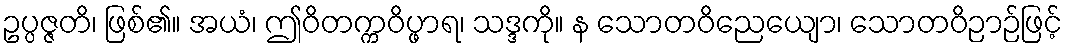
ဥပ္ပဇ္ဇတိ၊ ဖြစ်၏။ အယံ၊ ဤဝိတက္ကဝိပ္ဖာရ၊ သဒ္ဒကို။ န သောတဝိညေယျော၊ သောတဝိဉာဉ်ဖြင့်